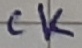
Text: CK